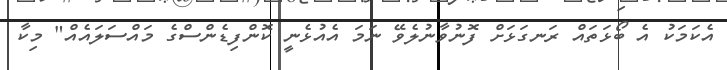
އެކަމަކު އެ ބޯޅަތައް ރަނގަޅަށް ފޮނުވާނުލެވޭ ނަމަ އެއުޅެނީ ކޮންފިޑެންސްގެ މައްސަލައެއް" މިކާ